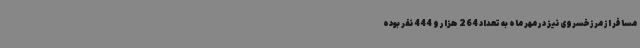
مسافر از مرز خسروی نیز در مهر ماه به تعداد 264 هزار و 444 نفر بوده